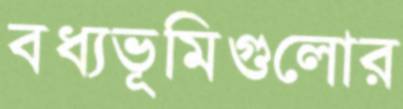
বধ্যভূমিগুলোর